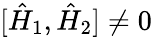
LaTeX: [{\hat{H}}_{1},{\hat{H}}_{2}]\neq 0